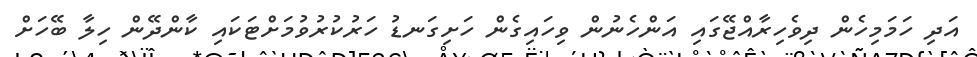
އަދި ހަމަމިހެން ދިވެހިރާއްޖޭގައި އަންހެނުން ވިހައިގެން ހަށިގަނޑު ހަރުކުރުވުމަށްޓަކައި ކާންދޭން ހިލާ ބޭހަށް